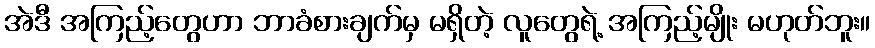
အဲဒီ အကြည့်တွေဟာ ဘာခံစားချက်မှ မရှိတဲ့ လူတွေရဲ့ အကြည့်မျိုး မဟုတ်ဘူး။